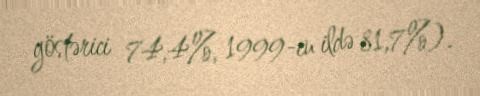
göstərici 74,4%, 1999-cu ildə 81,7%).